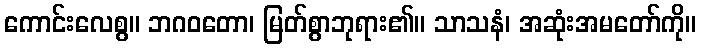
ကောင်းလေစွ။ ဘဂဝတော၊ မြတ်စွာဘုရား၏။ သာသနံ၊ အဆုံးအမတော်ကို။